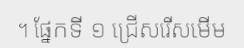
។ ផ្នែកទី ១ ជ្រើសរើសមើម